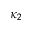
\kappa _ { 2 }